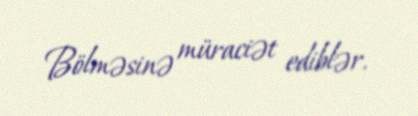
Bölməsinə müraciət ediblər.